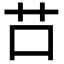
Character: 𦬅